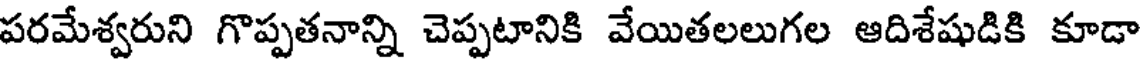
పరమేశ్వరుని గొప్పతనాన్ని చెప్పటానికి వేయితలలుగల ఆదిశేషుడికి కూడా